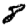
Digit: 8